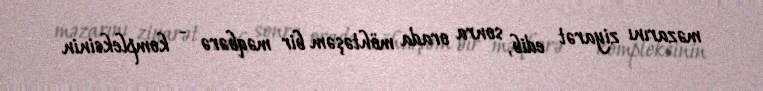
məzarını ziyarət edib, sonra orada möhtəşəm bir məqbərə - kompleksinin